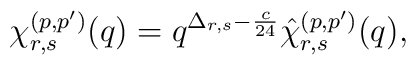
\chi^{(p,p')}_{r,s}(q)=q^{\Delta_{r,s}-\frac{c}{24}} \hat{\chi}^{(p,p')}_{r,s}(q),